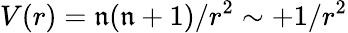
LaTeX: V(r)=\mathfrak{n}(\mathfrak{n}+1)/r^{2}\sim+1/r^{2}